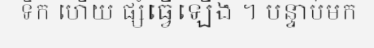
ទឹក ហើយ ផ្សំធ្វើឡើង ។ បន្ទាប់មក